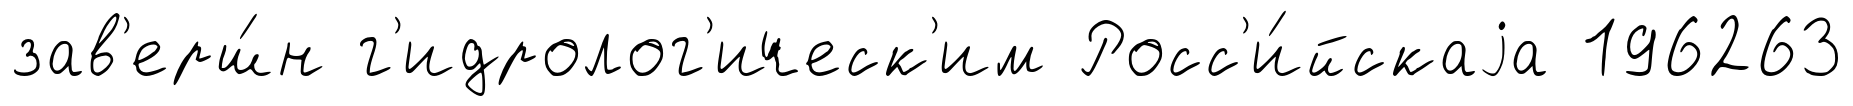
зав'ерш́н г'идролог'ическ'им Росс'и́йскаjа 196263